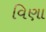
વિણા